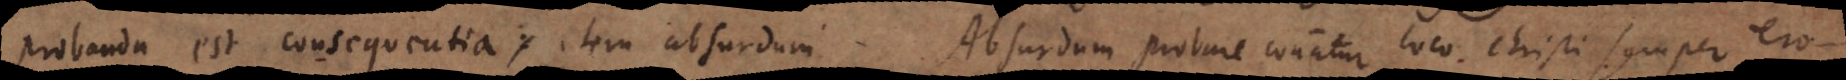
Probanda est consequentia, item absurdum. Absurdum probare conatur loco Christi semper er